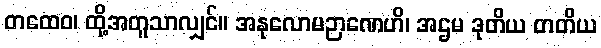
တထေဝ၊ ထို့အတူသာလျှင်။ အနုလောမဉာဏေဟိ၊ အဌမ ဒုတိယ တတိယ